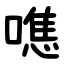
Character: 㗹